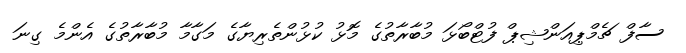
ސާފް ޗެމްޕިއަންޝިޕް ފުޓްބޯޅަ މުބާރާތުގެ މޮޅު ކުޅުންތެރިޔާގެ މަގާމާ މުބާރާތުގެ އެންމެ ގިނަ